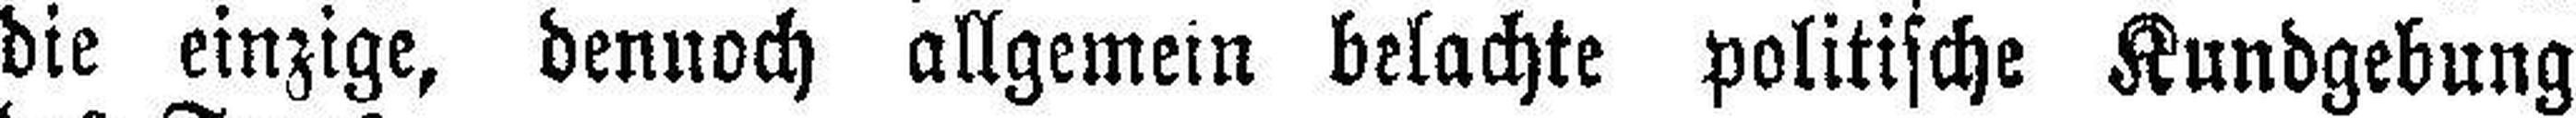
die einzige, dennoch allgemein belachte politische Kundgebung